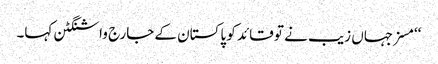
‘‘مسز جہاں زیب نے تو قائد کو پاکستان کے جارج واشنگٹن کہا۔